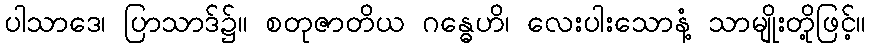
ပါသာဒေ၊ ပြာသာဒ်၌။ စတုဇာတိယ ဂန္ဓေဟိ၊ လေးပါးသောနံ့ သာမျိုးတို့ဖြင့်။